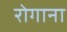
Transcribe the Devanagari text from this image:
रोगाना